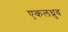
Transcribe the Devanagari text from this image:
एकलध्रुव